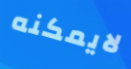
لايمكنه